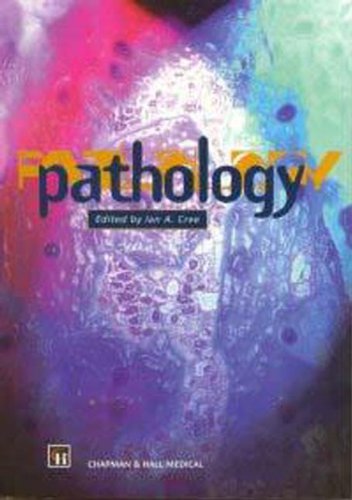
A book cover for Pathology: A Comprehensive Review; L. A. Cree; Medical Books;